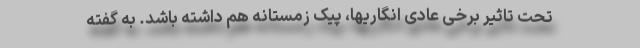
تحت تاثیر برخی عادی ‌انگاریها، پیک زمستانه هم داشته باشد. به گفته